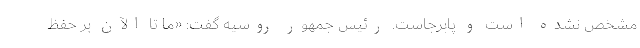
مشخص نشده است و پابرجاست. رئیس جمهور روسیه گفت: «ما تا الآن بر حفظ